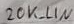
Text: 20K_LIN